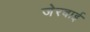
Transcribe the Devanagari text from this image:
जेरबाई